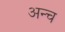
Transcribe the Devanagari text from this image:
अन्च